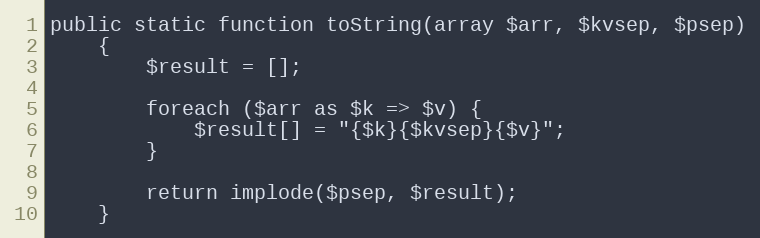
Language: PHP
public static function toString(array $arr, $kvsep, $psep)
    {
        $result = [];

        foreach ($arr as $k => $v) {
            $result[] = "{$k}{$kvsep}{$v}";
        }

        return implode($psep, $result);
    }